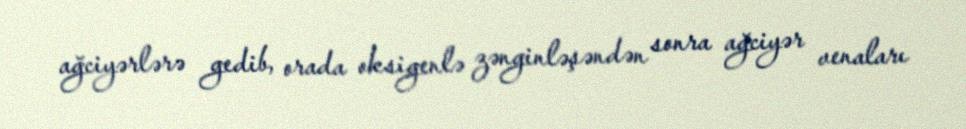
ağciyərlərə gedib, orada oksigenlə zənginləşəndən sonra ağciyər venaları